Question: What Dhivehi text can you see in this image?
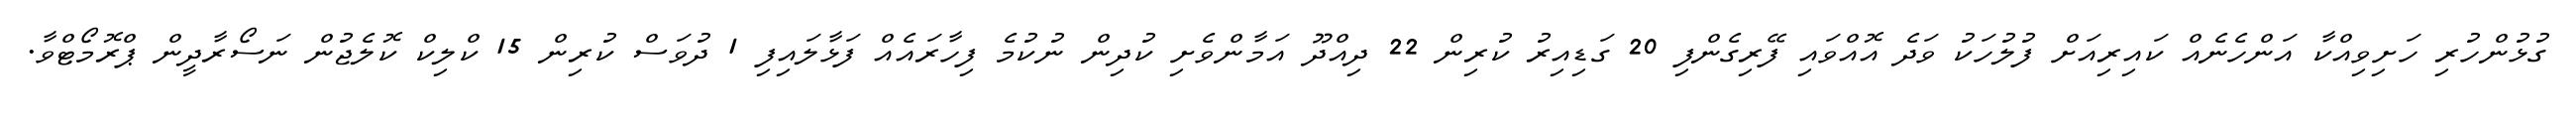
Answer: ގުޅުންހުރި ހަށިވިއްކާ އަންހެނެއް ކައިރިއަށް ފުލުހަކު ވަދެ އޮއްވައި ފޭރިގެންފި 20 ގަޑިއިރު ކުރިން 22 ދިއްދޫ އަމާންވެށި ކުދިން ނުކުމެ ފިހާރައެއް ފަޅާލައިފި 1 ދުވަސް ކުރިން 15 ކްލިކް ކޮލެޖުން ނަސޯރާދީން ޕްރޮމޯޓްވާ.